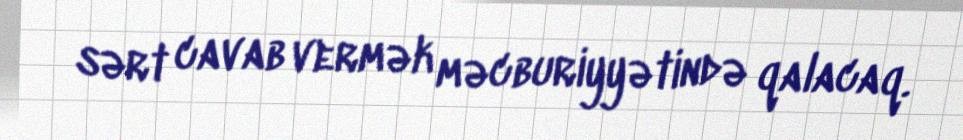
sərt cavab vermək məcburiyyətində qalacaq.